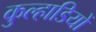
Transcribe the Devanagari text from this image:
कुल्हाडियों